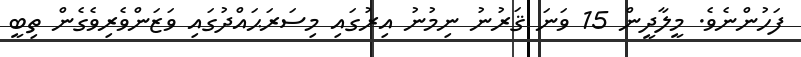
ފަހުންނެވެ. މީލާދީން 15 ވަނަ ޤަރުނު ނިމުނު އިރުގައި މިސަރަޙައްދުގައި ވަޒަންވެރިވެގެން ތިބީ